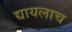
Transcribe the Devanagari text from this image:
द्यायलाच